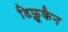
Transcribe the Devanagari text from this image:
डिफ्लूकैन